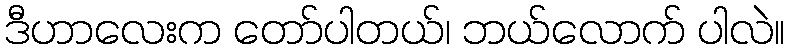
ဒီဟာလေးက တော်ပါတယ်၊ ဘယ်လောက် ပါလဲ။